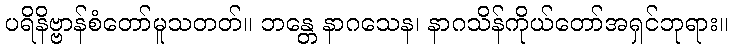
ပရိနိဗ္ဗာန်စံတော်မူသတတ်။ ဘန္တေ နာဂသေန၊ နာဂသိန်ကိုယ်တော်အရှင်ဘုရား။